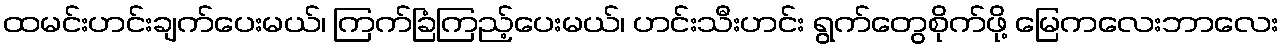
ထမင်းဟင်းချက်ပေးမယ်၊ ကြက်ခြံကြည့်ပေးမယ်၊ ဟင်းသီးဟင်း ရွက်တွေစိုက်ဖို့ မြေကလေးဘာလေး